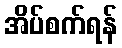
အိပ်စက်ရန်